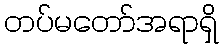
တပ်မတော်အရာရှိ